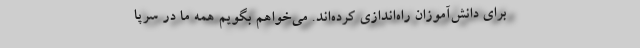
برای دانش‌آموزان راه‌اندازی کرده‌اند. می‌خواهم بگویم همه ما در سرپا